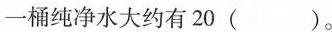
一桶纯净水大约有20()。